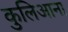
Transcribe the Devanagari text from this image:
कुलिआना